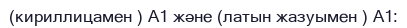
(кириллицамен ) А1 және (латын жазуымен ) A1: